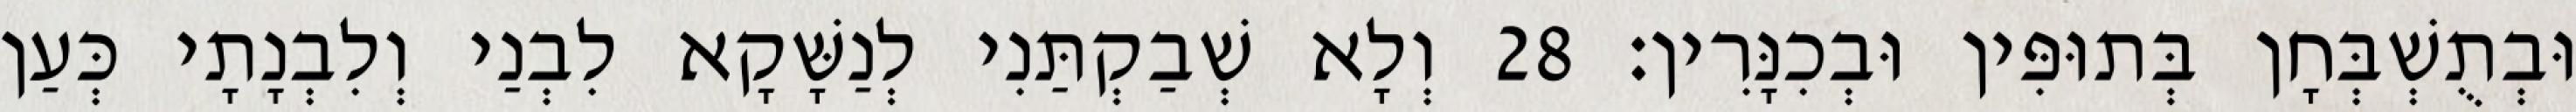
וּבְתֻשְׁבְּחָן בְּתוּפִּין וּבְכִנָּרִין׃ 28 וְלָא שְׁבַקְתַּנִי לְנַשָּׁקָא לִבְנַי וְלִבְנָתָי כְּעַן